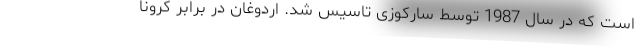
است که در سال 1987 توسط سارکوزی تاسیس شد. اردوغان در برابر کرونا